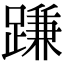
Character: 𨃰